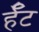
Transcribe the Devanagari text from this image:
र्हँट